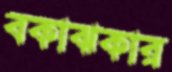
বকাঝকার